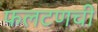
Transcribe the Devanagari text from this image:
फलटणची